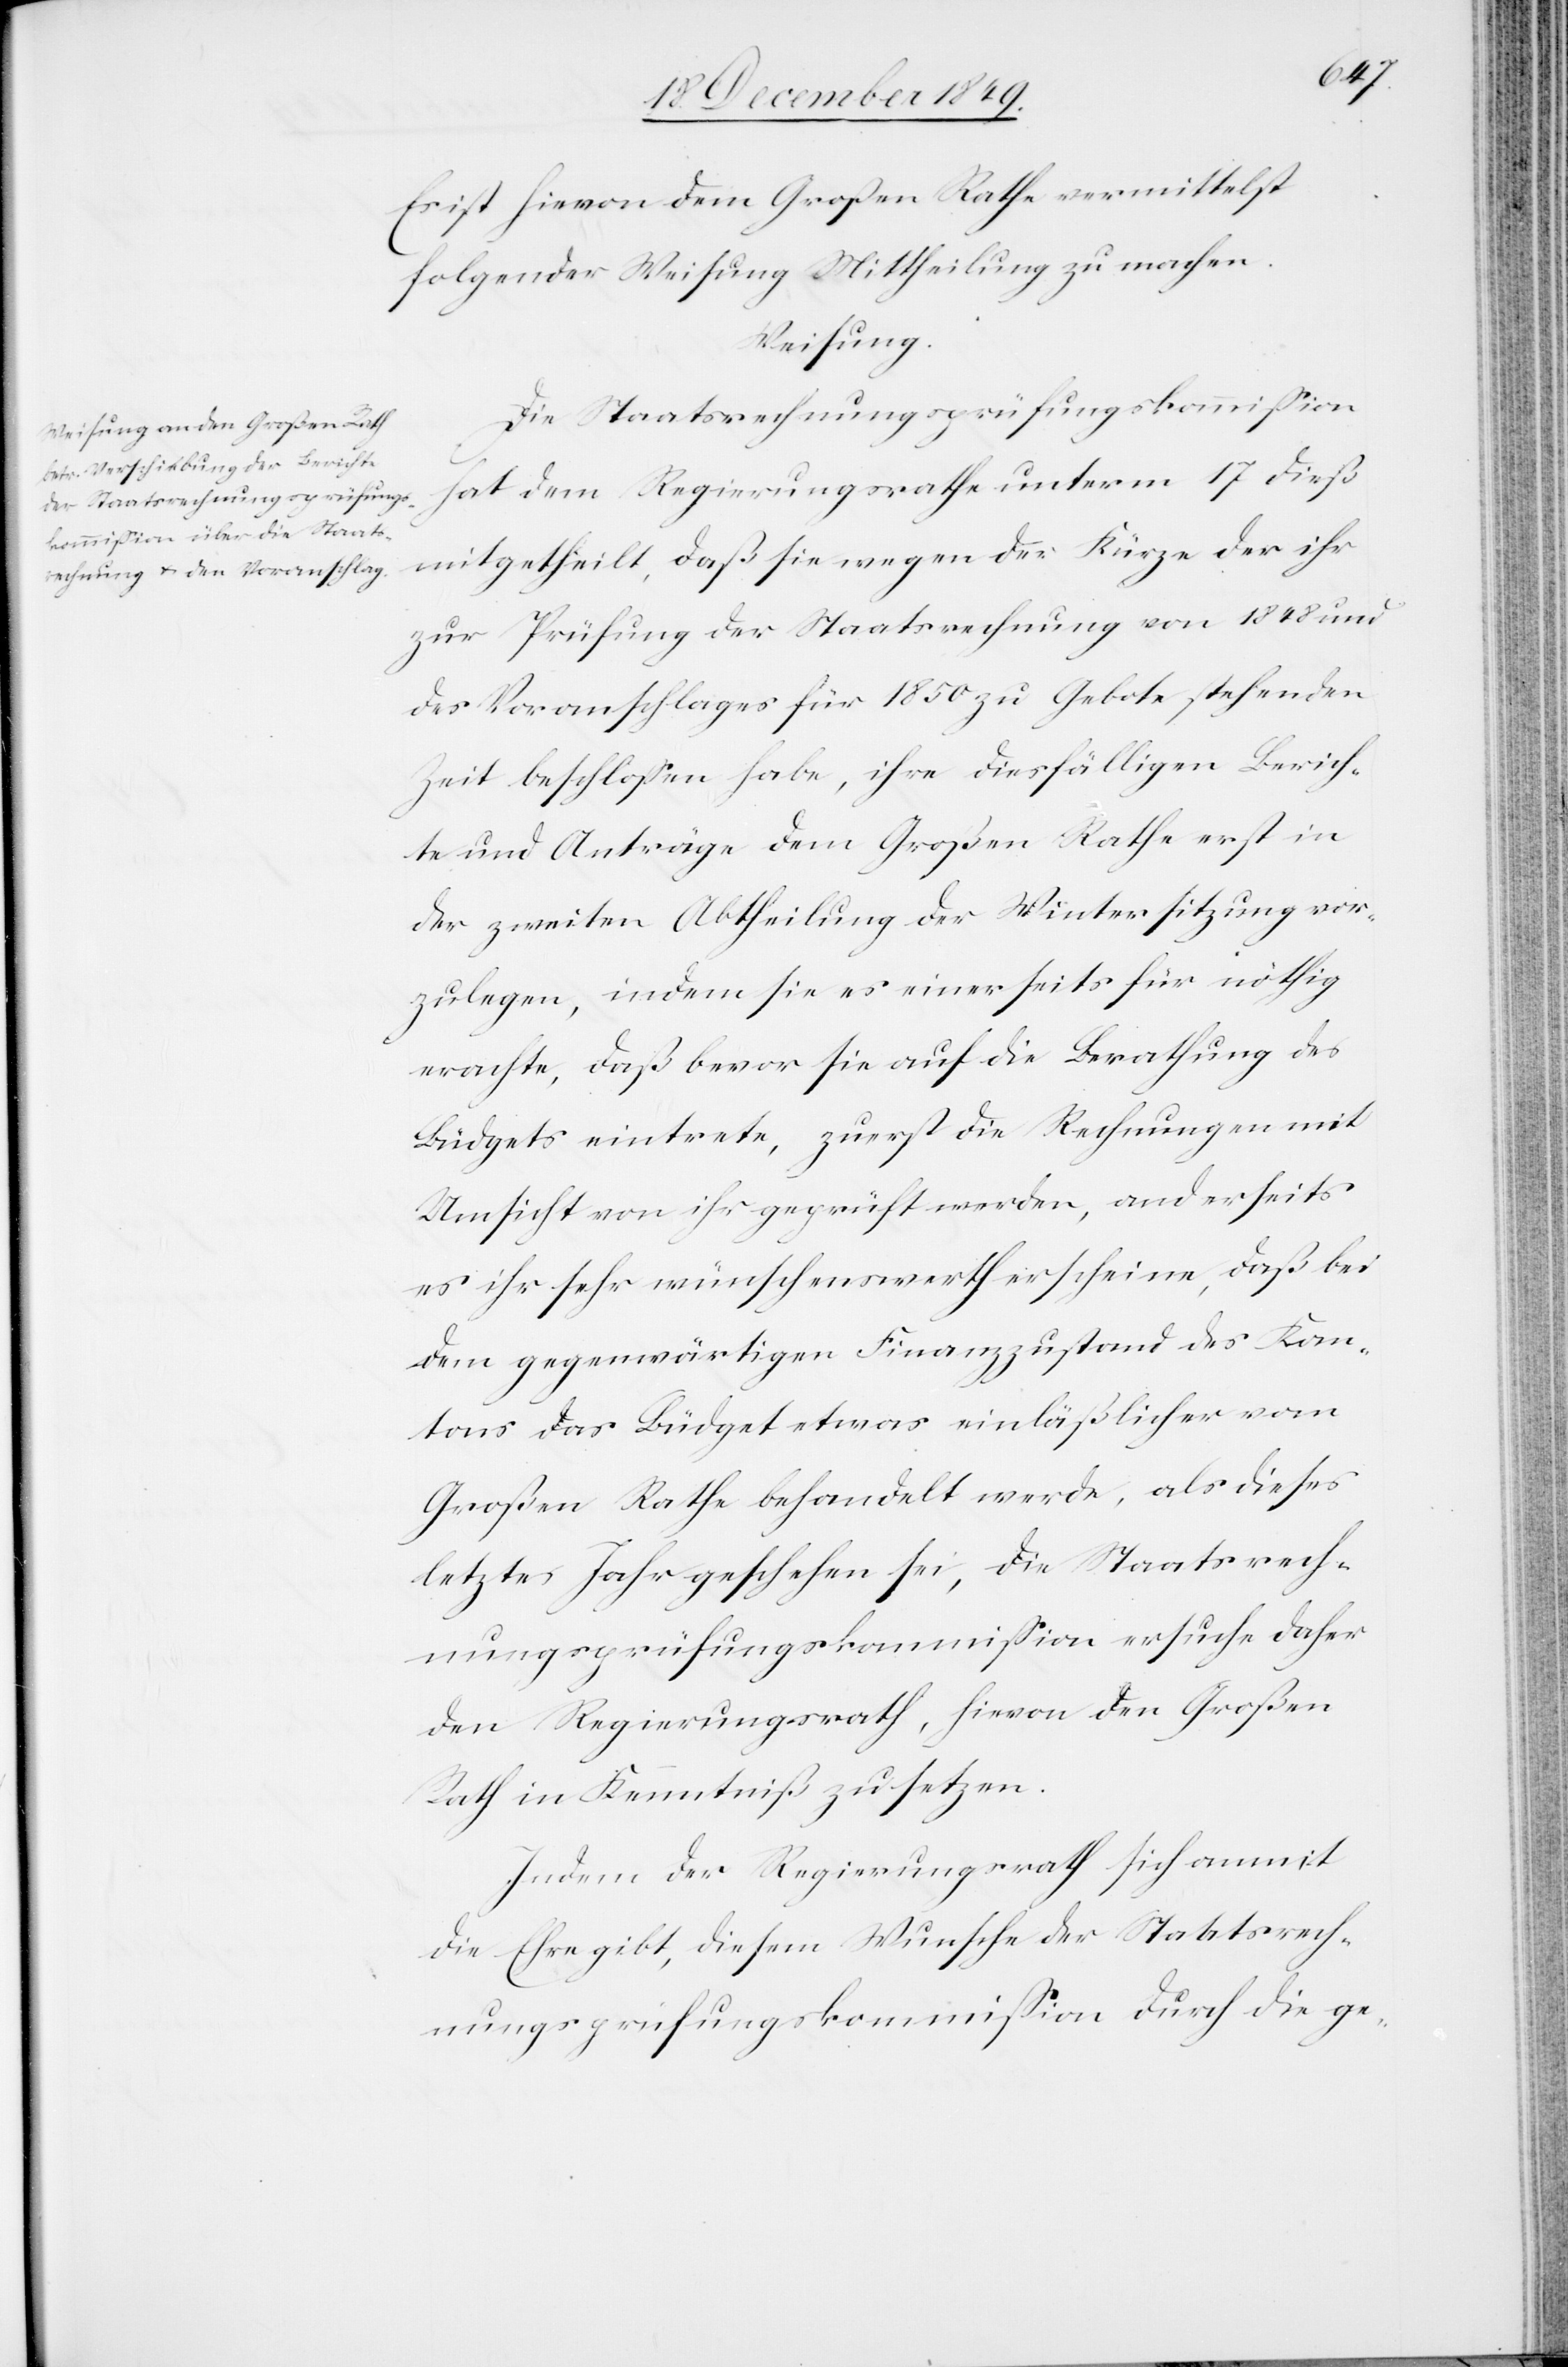
Es ist hievon dem Großen Rathe vermittelst
folgender Weisung Mittheilung zu machen.
Weisung.
Die Staatsrechnungsprüfungskommißion
hat dem Regierungsrathe unterm 17 dieß
mitgetheilt, daß sie wegen der Kürze der ihr
zur Prüfung der Staatsrechnung von 1848 und
des Voranschlages für 1850 zu Gebote stehenden
Zeit beschloßen habe, ihre dießfälligen Berich¬
te und Anträge dem Großen Rathe erst in
der zweiten Abtheilung der Wintersitzung vor¬
zulegen, indem sei es einerseits für nöthig
erachte, daß bevor sie auf die Berathung des
Büdgets eintrete, zuerst die Rechnungen mit
Umsicht von ihr geprüft werden, anderseits
es ihr sehr wünschenswerth erscheine, daß bei
dem gegenwärtigen Finanzzustand des Kan¬
tons das Büdget etwas einläßlicher vom
Großen Rathe behandelt werde, als dieses
letztes Jahr geschehen sei, die Staatsrech¬
nungsprüfungskommißion ersuche daher
den Regierungsrath, hievon den Großen
Rath in Kenntniß zu setzen.
Indem der Regierungsrath sich anmit
die Ehre gibt, diesem Wunsche der Staatsrech¬
nungsprüfungskommißion durch die ge-